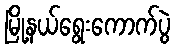
မြို့နယ်ရွေးကောက်ပွဲ